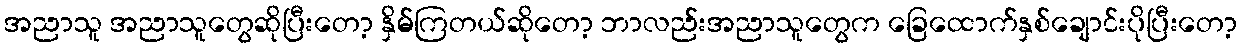
အညာသူ အညာသူတွေဆိုပြီးတော့ နှိမ်ကြတယ်ဆိုတော့ ဘာလည်းအညာသူတွေက ခြေထောက်နှစ်ချောင်းပိုပြီးတော့